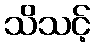
သိသင့်